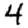
Digit: 4